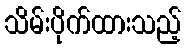
သိမ်းပိုက်ထားသည့်